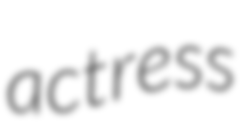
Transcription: actress